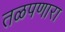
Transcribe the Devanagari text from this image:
तळपणारा